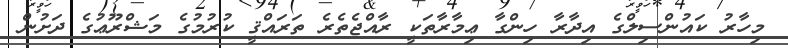
މިހާރު ކައުންސިލްގެ އިދާރާ ހިންގާ ޢިމާރާތަކީ ރާއްޖެތެރެ ތަރައްޤީ ކުރުމުގެ މަޝްރޫޢުގެ ދަށުން